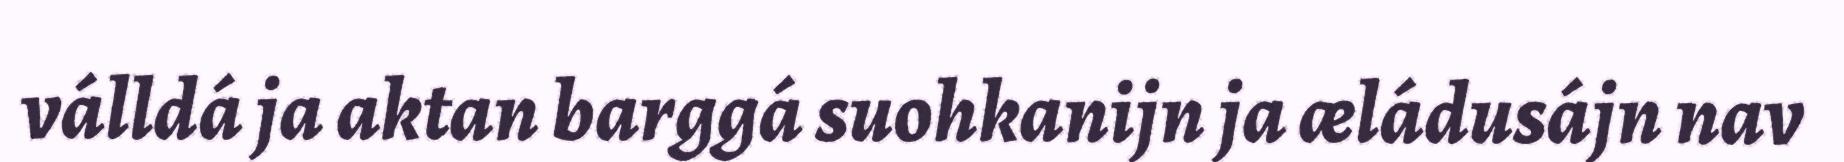
válldá ja aktan barggá suohkanijn ja æládusájn nav